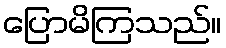
ပြောမိကြသည်။